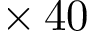
\times \, 4 0